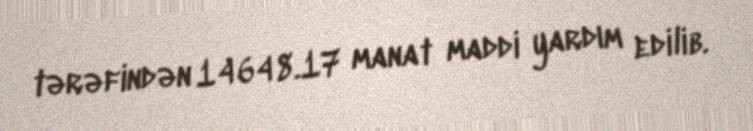
tərəfindən 14648.17 manat maddi yardım edilib.